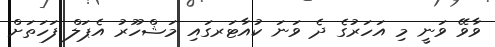
ވާވޭ ވަނީ މި އަހަރުގެ ދެ ވަނަ ކުއާޓަރގައި މަޝްހޫރު އެޕަލް ފަހަތަށް